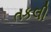
તકલી